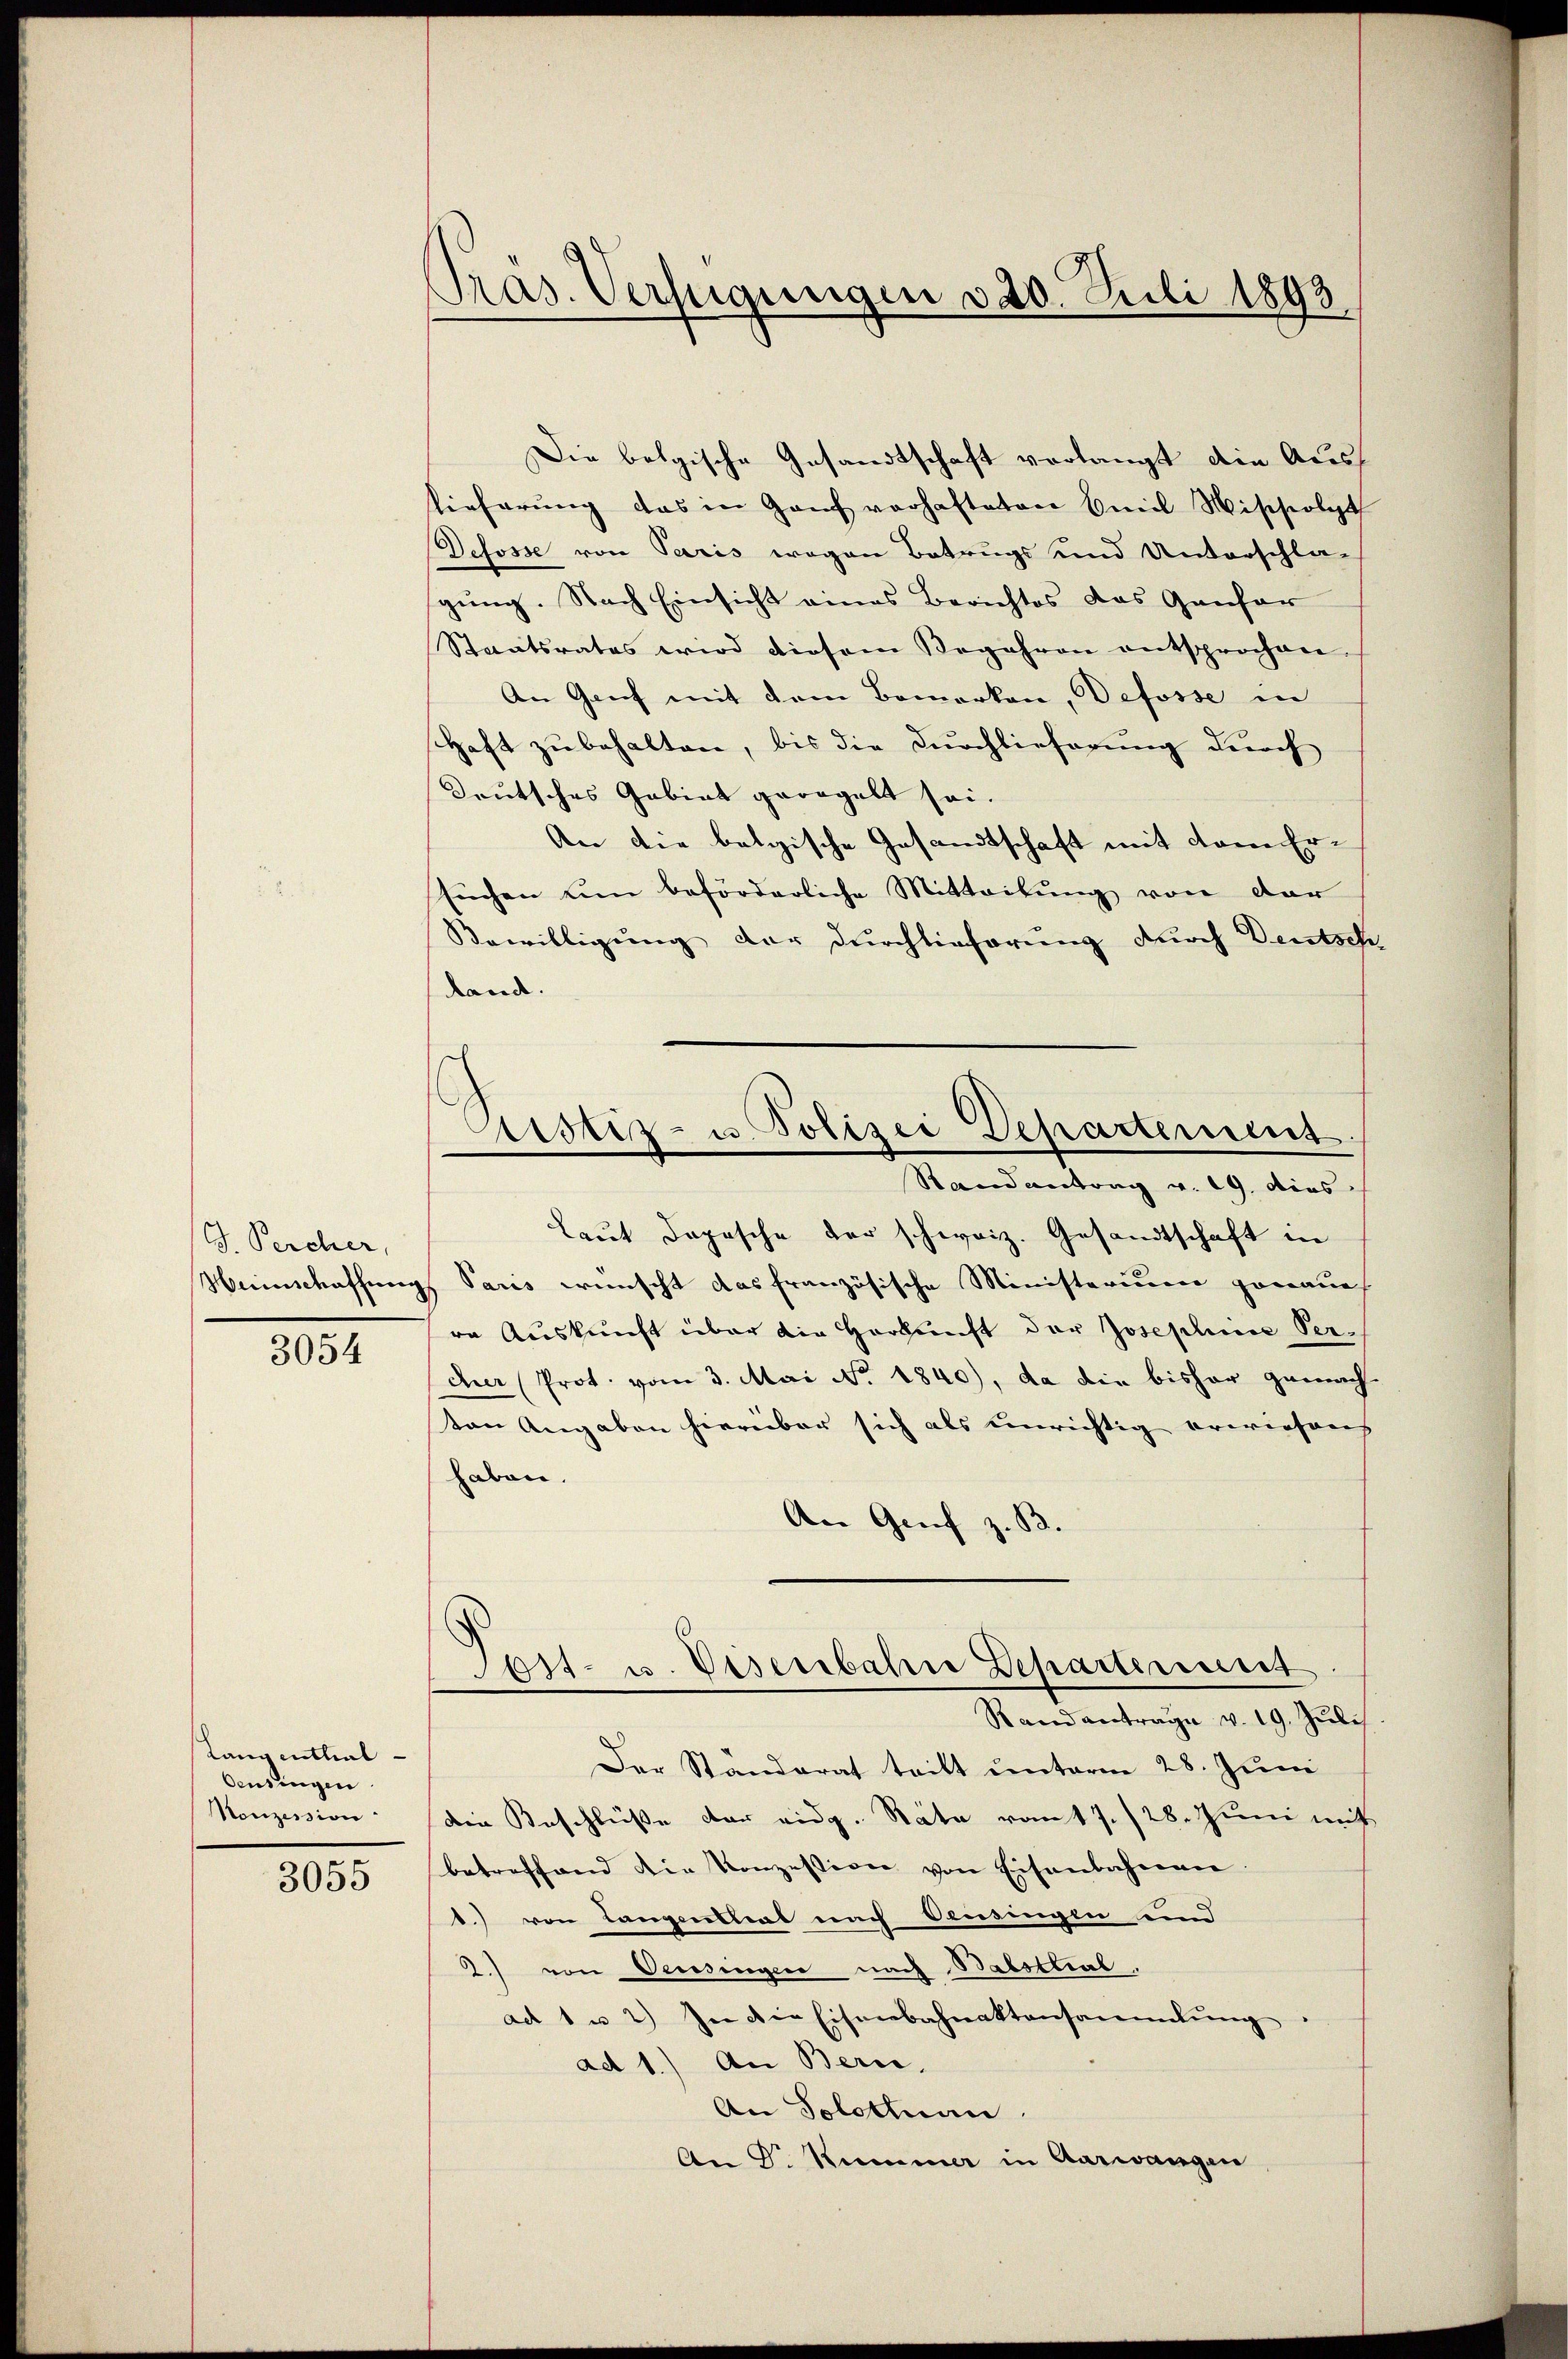
J. Percher,
Mainschaffung
3054

Lang enthal
Oensingen
Monzession

3055

Pras. Verfügungen 320. Juli 1893

Die belgische Gesandtschaft verlangt die Austieferung das in Ganz verhafteten Emil Wischolt
Defosse von Paris wegen Betrugs und Unterschla-
gŭng. Nach Einsicht eines Berichtes das Gansor
Staatsrates wird diesem Begehren entsprochen.
An Genf mit dem Bemerken, Defosse in
Haft zubehalten, bis die Durchlieferung durch
Deutsches Gebiet geregelt sei.
An die belgische Gesandtschaft mit dem Ersuchen um beförderliche Mitteilung von dar
Bewilligung der Durchlieferung durch Deutsch
land.

Astiz- u. Polizei Departement.
Randantrag v. 19. dies

Laut dopesche der schweiz. Gesandtschaft in
 Paris wünscht das französische Ministerium genaue
re Auskunft über die Herkunft der Josephine Vercher (Prot. vom 3. Mai No. 1840), da die bisher gemachton Angaben hierüber sich als unrichtig erwiesens
haben.
An Genf z. B.
Der Standerat tritt unterm 28. Juni
Die Beschlüße der eidg. Rata vom 7./28. Juni mit
betreffend die Konzession von Eisenbahnen
1.) von Langenthal nach Oensingen und
2.) von Versingen nach Balsttral.
ad 1 u 2.) In die Eisenbahnaktensammlung
ad 1.) An Bern,
An Solothuan
An Dr. Kummer in Aarwangen

Tast- u. Visenbahn Departenunt
Randantrage v. 19. Juli